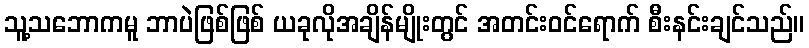
သူ့သဘောကမူ ဘာပဲဖြစ်ဖြစ် ယခုလိုအချိန်မျိုးတွင် အတင်းဝင်ရောက် စီးနင်းချင်သည်။